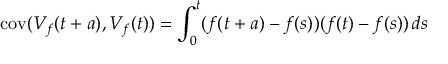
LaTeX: \operatorname { c o v } ( V _ { f } ( t + a ) , V _ { f } ( t ) ) = \int _ { 0 } ^ { t } ( f ( t + a ) - f ( s ) ) ( f ( t ) - f ( s ) ) \, d s